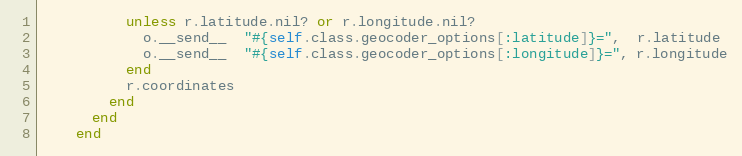
Language: Ruby
          unless r.latitude.nil? or r.longitude.nil?
            o.__send__  "#{self.class.geocoder_options[:latitude]}=",  r.latitude
            o.__send__  "#{self.class.geocoder_options[:longitude]}=", r.longitude
          end
          r.coordinates
        end
      end
    end